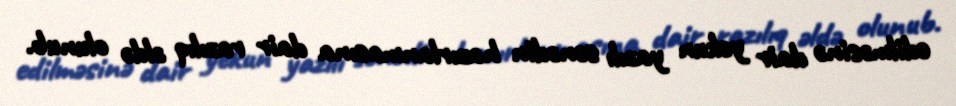
edilməsinə dair yekun yazılı sənədin hazırlanmasına dair razılıq əldə olunub.